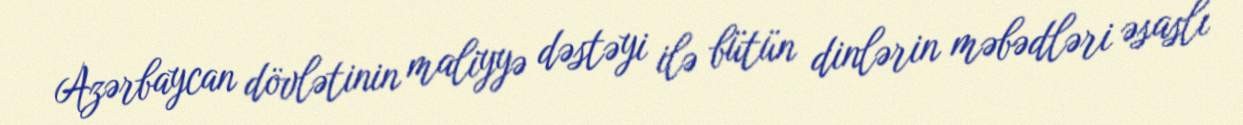
Azərbaycan dövlətinin maliyyə dəstəyi ilə bütün dinlərin məbədləri əsaslı